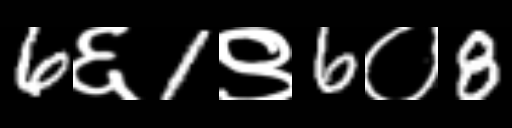
Text: 6६1९6०8